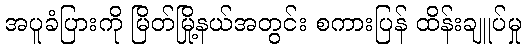
အပူခံပြားကို မြိတ်မြို့နယ်အတွင်း စကားပြန် ထိန်းချူပ်မှု